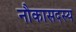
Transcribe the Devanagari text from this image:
नौकासदस्य